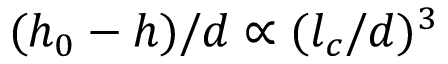
( h _ { 0 } - h ) / d \propto ( { l _ { c } } / d ) ^ { 3 }